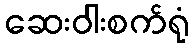
ဆေးဝါးစက်ရုံ